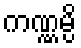
ကဏ္ဏမ္ပိ